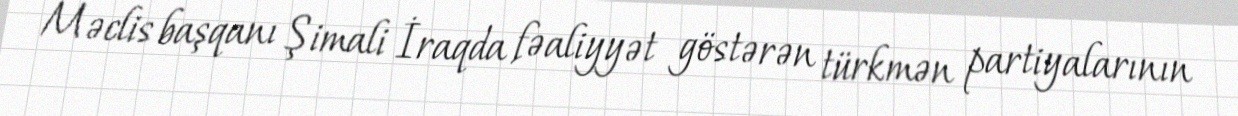
Məclis başqanı Şimali İraqda fəaliyyət göstərən türkmən partiyalarının